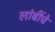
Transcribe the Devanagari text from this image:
लांबींचे